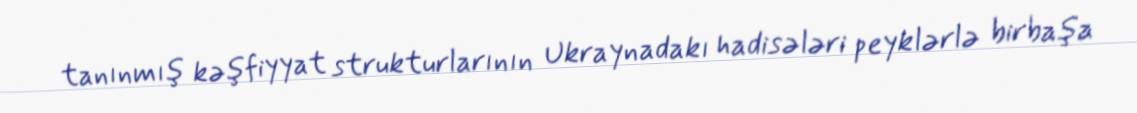
tanınmış kəşfiyyat strukturlarının Ukraynadakı hadisələri peyklərlə birbaşa